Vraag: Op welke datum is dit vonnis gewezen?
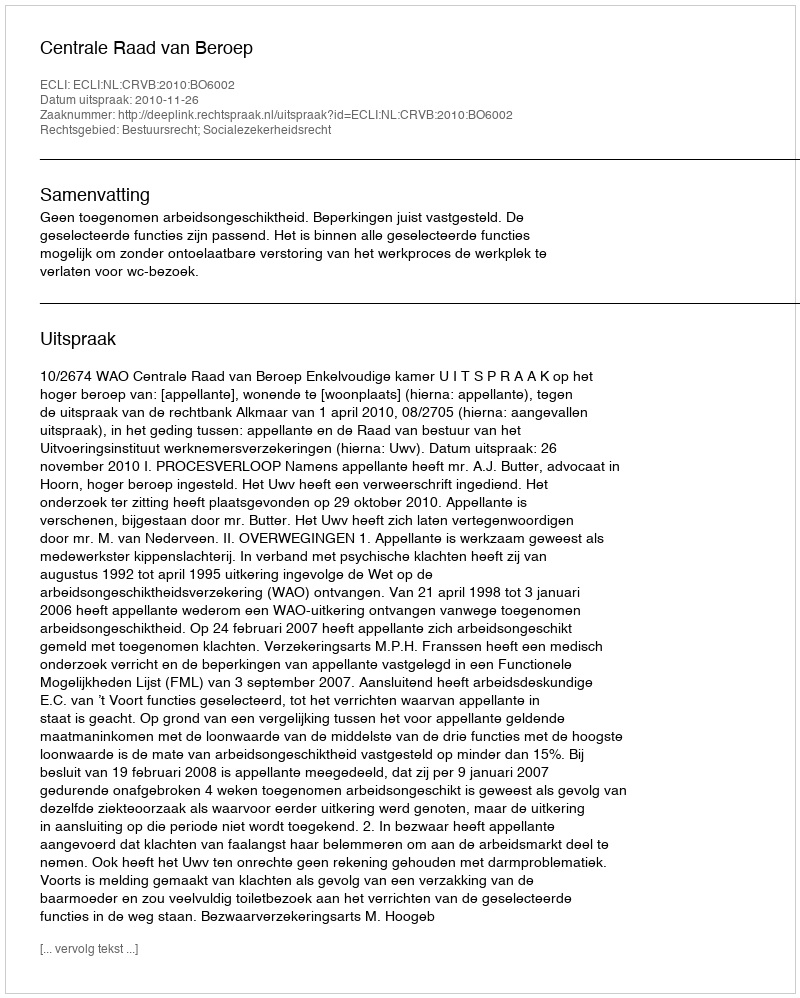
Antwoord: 2010-11-26